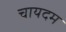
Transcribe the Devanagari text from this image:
चायदम